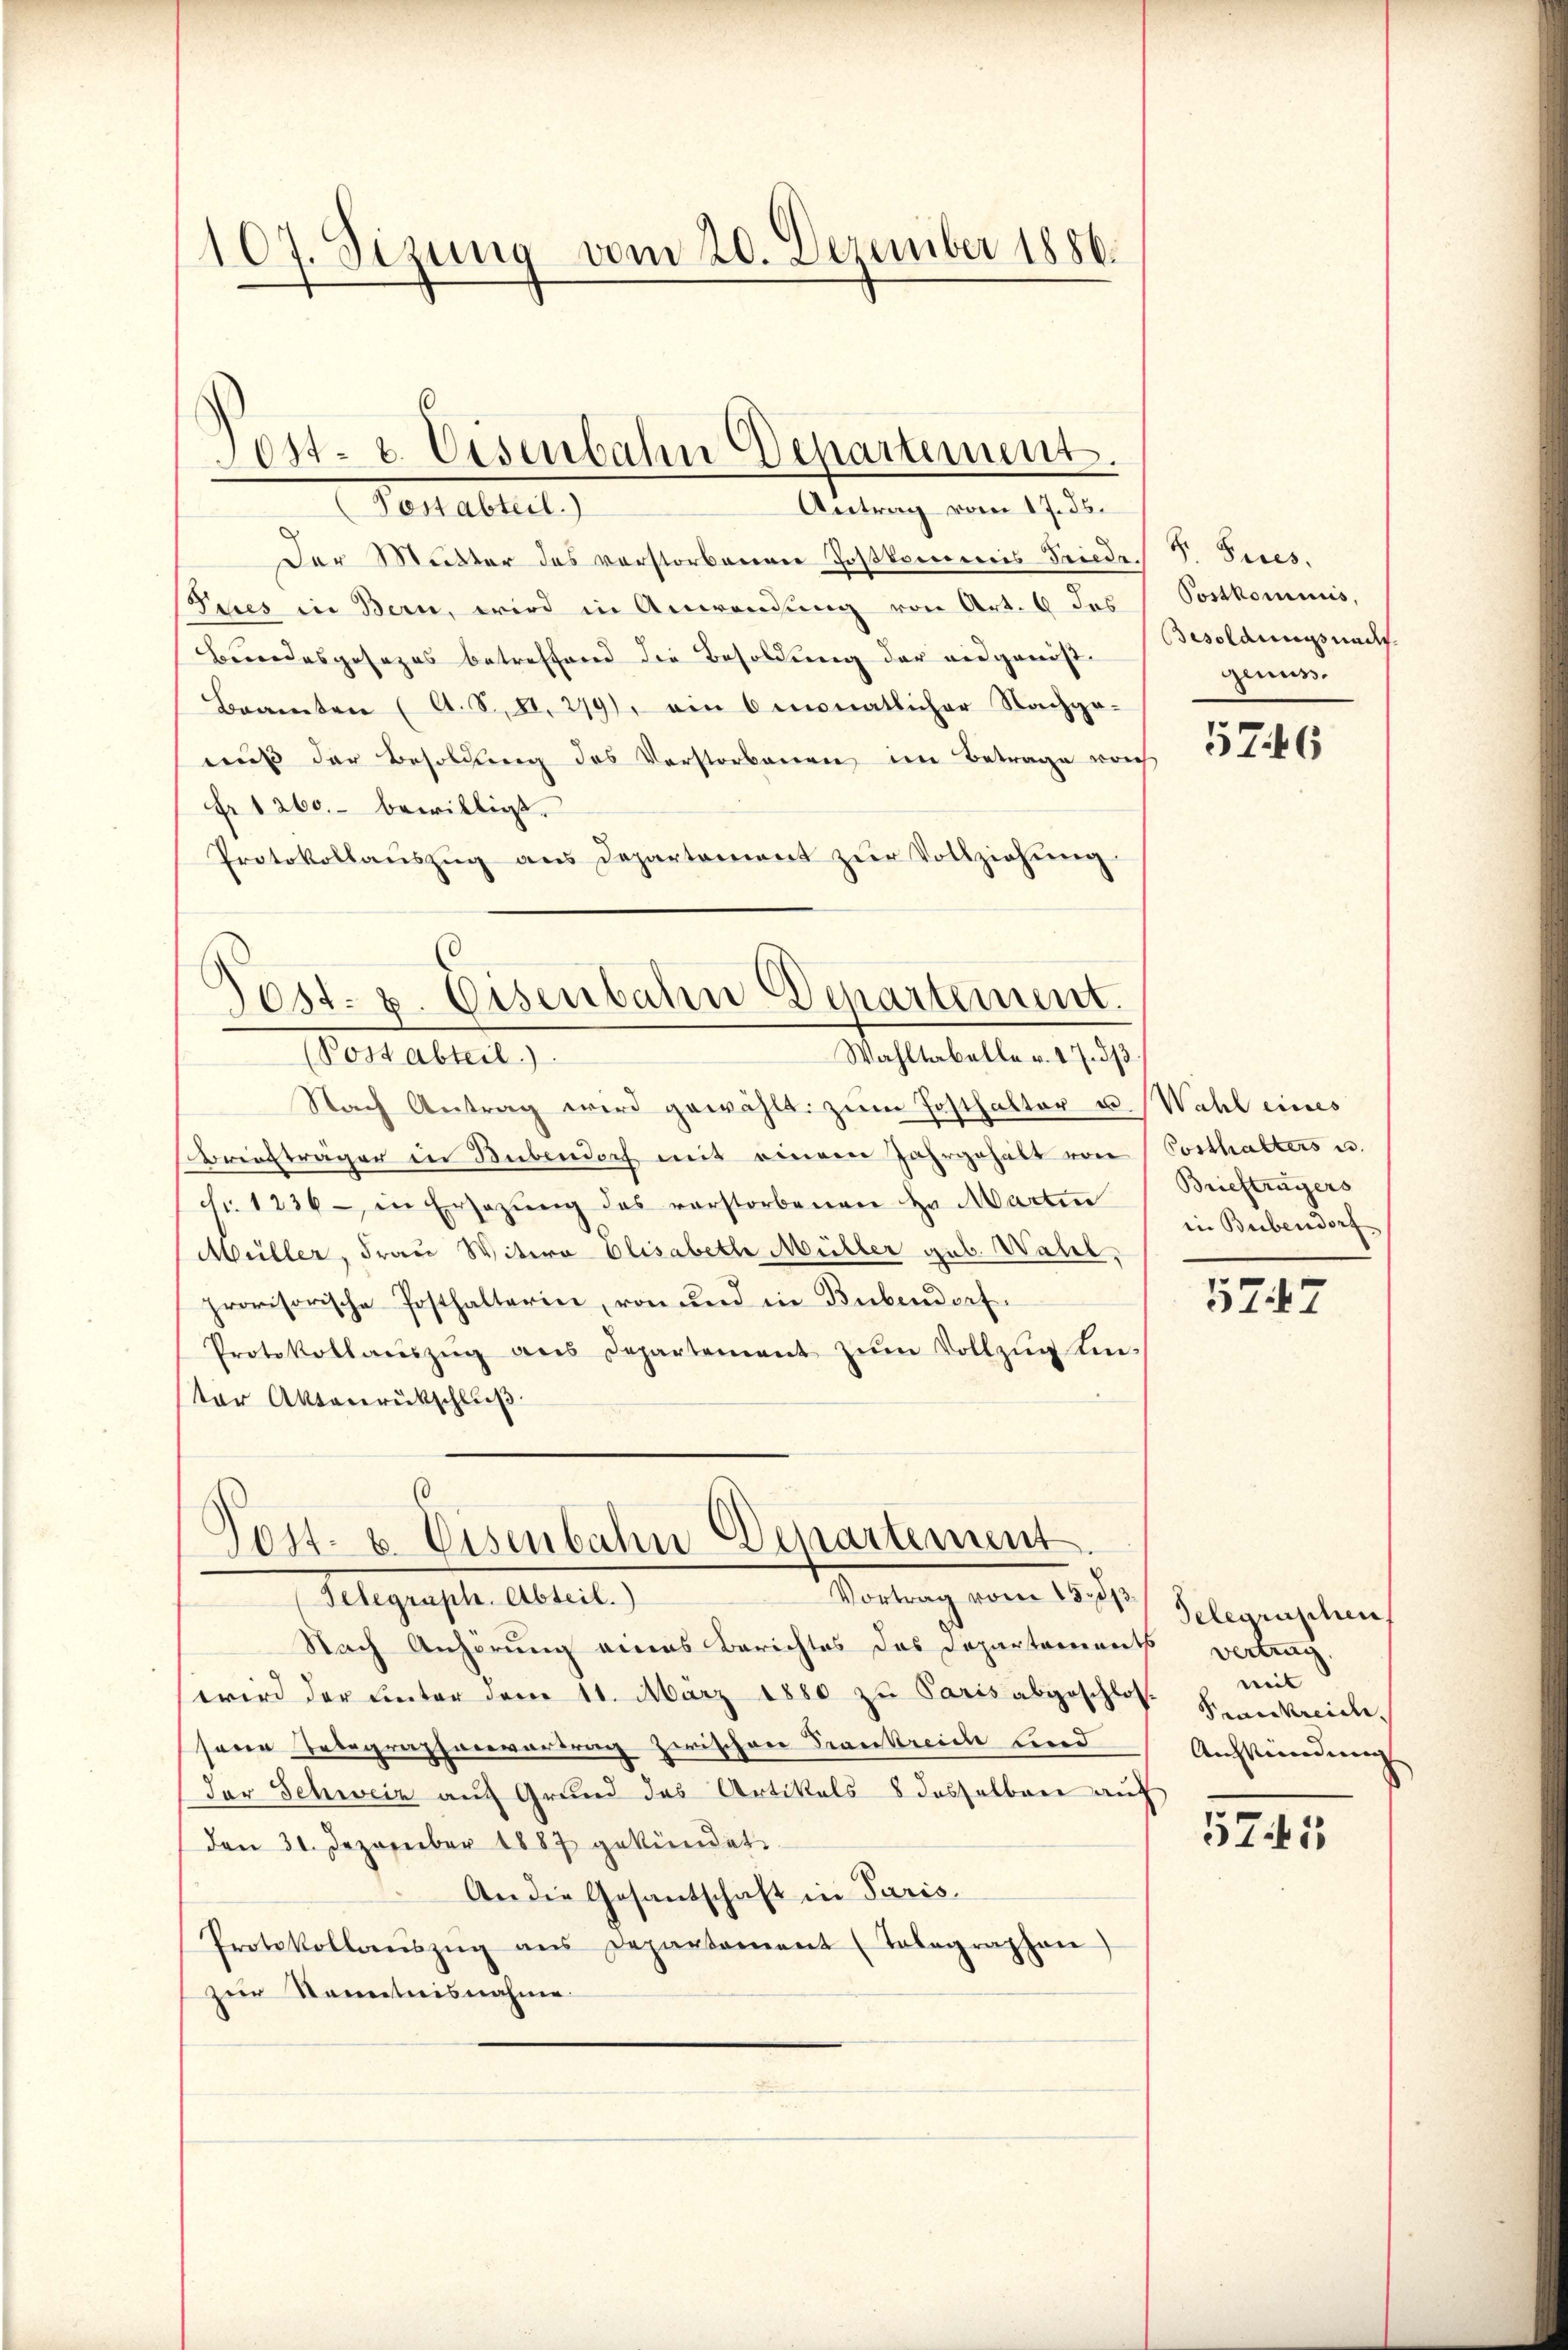
107. Sizung vom 20. Dezember 1886.

Antrag vom 17. ds.
Testattet,
Der Mutter des verstorbenen Postkommis Friedr. J. Pices.
Iches in Bern, wird in Anwendung von Art. 6 das
Bundesgesezes betreffend die Besoldung der eidgenös¬
Beamten (A. S. S. 279), ein 6 monatlicher Nachgeauß der Besoldung des Verstorbenen im Betrage von
Fr 1260. bewilligt.
Protokollauszug aus Departement zur Vollziehung.

Sost- u. Eisenbahn Departement.

Jost- 8. Eisenbahn Departement.
Wahltabelle v. 17. 33
(Post abteil.).

(
Post- & Eisenbahn Departement
Vortrag vom 15. d.
Telegraph. Abteil.)

Postkommis,
Besoldungsnach
Anuss.

Nach Antrag wird gewählt. zŭm Posthalter u. Wahl eines
Briefträger in Dübendoch mit einem Jahrgehalt von
fr. 1236 - in Ersazŭng des verstorbenen Hr. Martin
Müller, Frau Witwe Elisabethe Müller geb. Wahl,
provisorische Posthalterin, von und in Bubendorf.
Protokollaŭszŭg ans Departement zŭm Vollzŭg Kin-
ter Aktenrukschluß

Nach Anhörung eines Berichtes das Departements vertrag.
wird der unter derer 11. März 1880 zu Paris abgeschlos Feuerkreiche
senen Telegraphaeevertrag zwischen Trankreich und
der Schweiz auf Grund das Artikals 8 desselben auf
den 31. Dezember 1887 gekündet.
An die Gesantschaft in Paris.
Protokollaŭszŭg ans Departament (Telegraphen
zur Kenntnisnahme.

5746

Costhalters u.
Briefträgers
in Bubendorf

5747

Telegraschen
mit
Auskündung

571